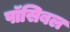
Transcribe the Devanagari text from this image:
पॉसिबल